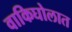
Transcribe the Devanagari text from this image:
वाकिघोलात